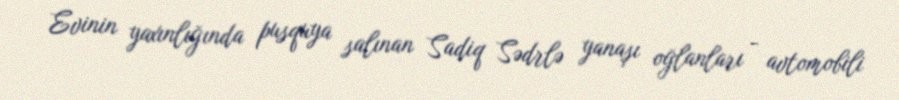
Evinin yaxınlığında pusquya salınan Sadiq Sədrlə yanaşı oğlanları - avtomobili